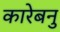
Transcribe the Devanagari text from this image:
कारेबनु